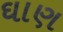
ઘાણ